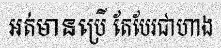
អត់មានប្រើ តែបែរជាហាង